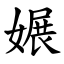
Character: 㜊